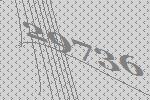
29736